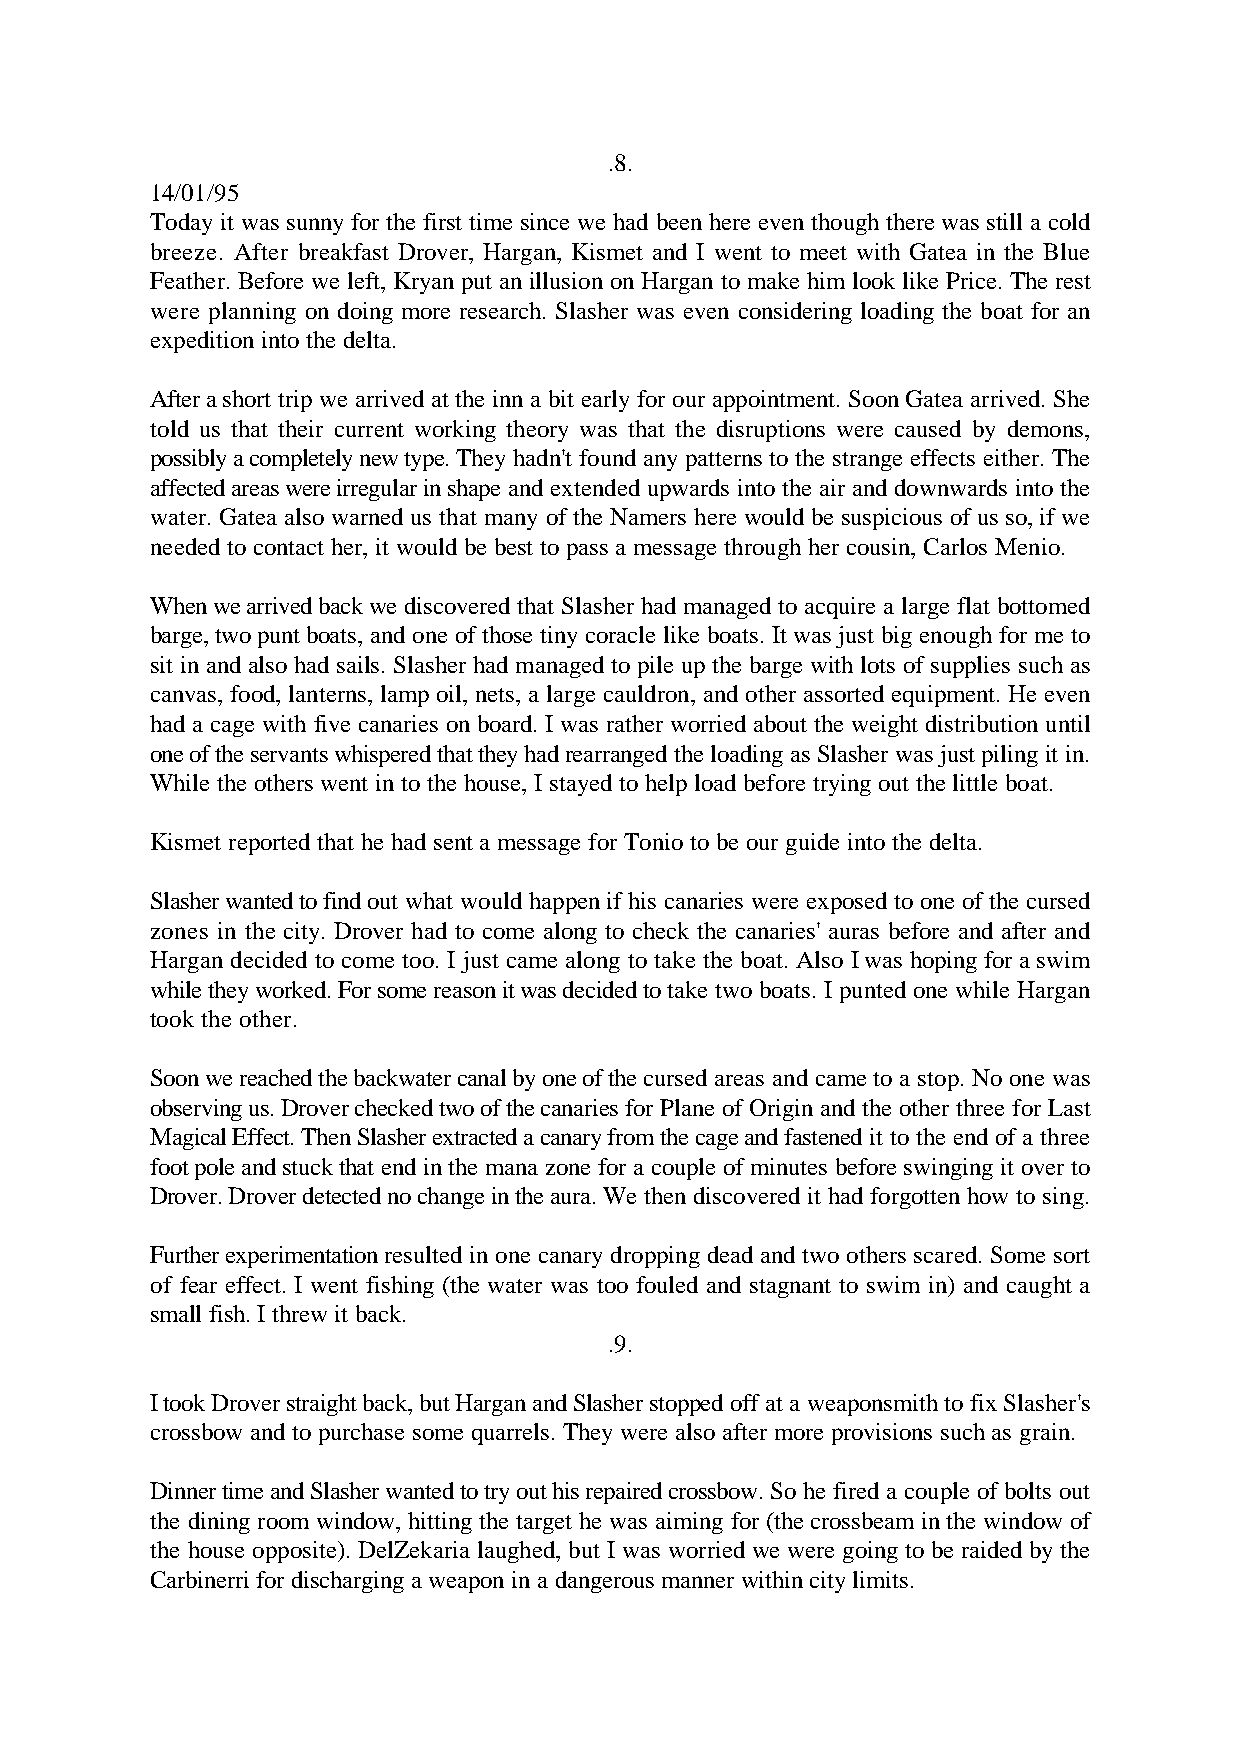
.8.
 14/01/95
 Today it was sunny for the first time since we had been here even though there was still a cold
 breeze. After breakfast Drover, Hargan, Kismet and I went to meet with Gatea in the Blue
 Feather. Before we left, Kryan put an illusion on Hargan to make him look like Price. The rest
 were planning on doing more research. Slasher was even considering loading the boat for an
 expedition into the delta.
 After a short trip we arrived at the inn a bit early for our appointment. Soon Gatea arrived. She
 told us that their current working theory was that the disruptions were caused by demons,
 possibly a completely new type. They hadn't found any patterns to the strange effects either. The
 affected areas were irregular in shape and extended upwards into the air and downwards into the
 water. Gatea also warned us that many of the Namers here would be suspicious of us so, if we
 needed to contact her, it would be best to pass a message through her cousin, Carlos Menio.
 When we arrived back we discovered that Slasher had managed to acquire a large flat bottomed
 barge, two punt boats, and one of those tiny coracle like boats. It was just big enough for me to
 sit in and also had sails. Slasher had managed to pile up the barge with lots of supplies such as
 canvas, food, lanterns, lamp oil, nets, a large cauldron, and other assorted equipment. He even
 had a cage with five canaries on board. I was rather worried about the weight distribution until
 one of the servants whispered that they had rearranged the loading as Slasher was just piling it in.
 While the others went in to the house, I stayed to help load before trying out the little boat.
 Kismet reported that he had sent a message for Tonio to be our guide into the delta.
 Slasher wanted to find out what would happen if his canaries were exposed to one of the cursed
 zones in the city. Drover had to come along to check the canaries' auras before and after and
 Hargan decided to come too. I just came along to take the boat. Also I was hoping for a swim
 while they worked. For some reason it was decided to take two boats. I punted one while Hargan
 took the other.
 Soon we reached the backwater canal by one of the cursed areas and came to a stop. No one was
 observing us. Drover checked two of the canaries for Plane of Origin and the other three for Last
 Magical Effect. Then Slasher extracted a canary from the cage and fastened it to the end of a three
 foot pole and stuck that end in the mana zone for a couple of minutes before swinging it over to
 Drover. Drover detected no change in the aura. We then discovered it had forgotten how to sing.
 Further experimentation resulted in one canary dropping dead and two others scared. Some sort
 of fear effect. I went fishing (the water was too fouled and stagnant to swim in) and caught a
 small fish. I threw it back.
 .9.
 I took Drover straight back, but Hargan and Slasher stopped off at a weaponsmith to fix Slasher's
 crossbow and to purchase some quarrels. They were also after more provisions such as grain.
 Dinner time and Slasher wanted to try out his repaired crossbow. So he fired a couple of bolts out
 the dining room window, hitting the target he was aiming for (the crossbeam in the window of
 the house opposite). DelZekaria laughed, but I was worried we were going to be raided by the
 Carbinerri for discharging a weapon in a dangerous manner within city limits.